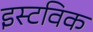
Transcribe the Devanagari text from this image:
इस्टविक